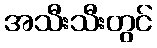
အသီးသီးတွင်